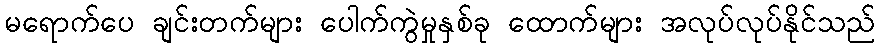
မရောက်ပေ ချင်းတက်များ ပေါက်ကွဲမှုနှစ်ခု ထောက်များ အလုပ်လုပ်နိုင်သည်